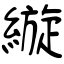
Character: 縼